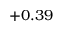
+ 0 . 3 9